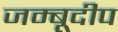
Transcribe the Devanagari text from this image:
जम्बूदीप